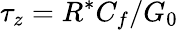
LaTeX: \tau_{z}=R^{*}C_{f}/G_{0}